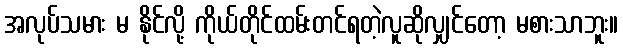
အလုပ်သမား မ နိုင်လို့ ကိုယ်တိုင်ထမ်းတင်ရတဲ့လူဆိုလျှင်တော့ မစားသာဘူး။